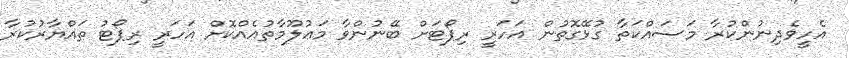
އެހީވެދިނުންކުރާ މަސައްކަތާ ގުޅޭގޮތުން އަހަރީ ރިޕޯޓަށް ބޭނުންވާ މަޢުލޫމާތުއެއްކޮށް އަހަރީ ރިޕޯޓު ތައްޔާރުކުރާ